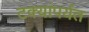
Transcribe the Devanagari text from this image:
टक्यांपर्यत